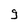
Character: g